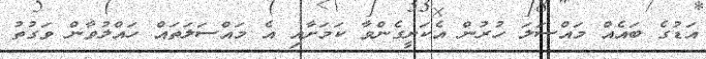
އަޑުގެ ބައެއް މައްސަލަ ހުރުން އެކަށީގެންވާ ކަމަށާއި އެ މައްސަލަތައް ހައްލުވާން ވަގުތު